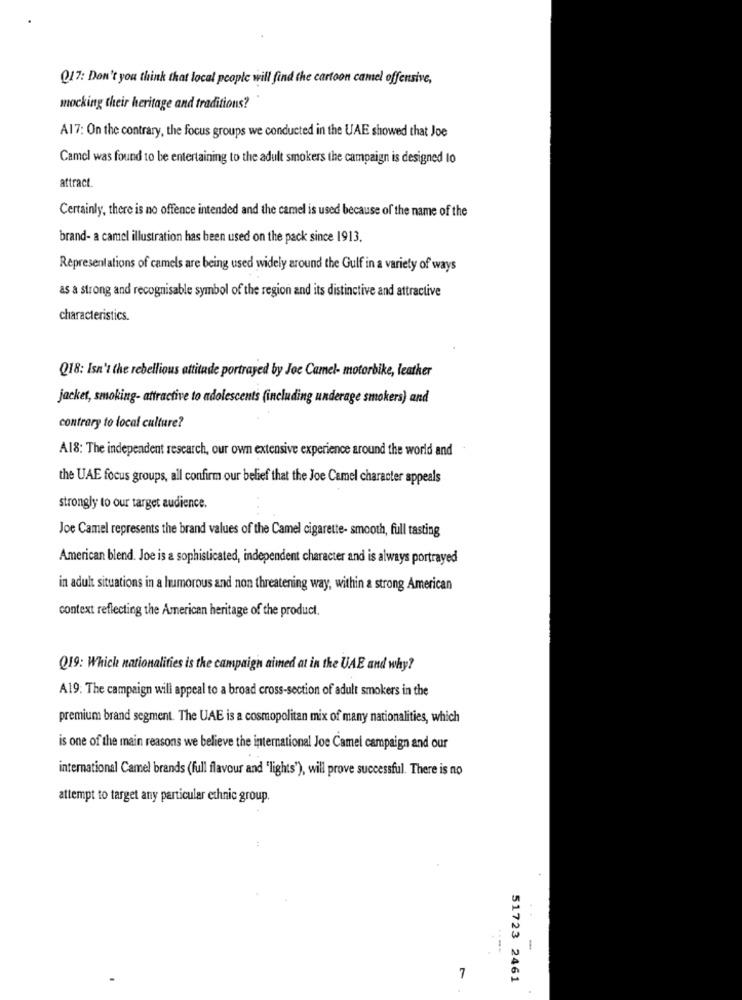
Q17: Don't you think that local people will find the cartoon camel offensive,
mocking their heritage and traditions?
A17: On the contrary, the focus groups we conducted in the UAE showed that Joe
Camel was found to be entertaining to the adult smokers the campaign is designed to
attract
Certainly, there is no offence intended and the camel is used because of the name of the
brand- a camel illustration has been used on the pack since 1913.
Representations of camels are being used widely around the Gulf in a variety of ways
as a strong and recognisable symbol of the region and its distinctive and attractive
characteristics.
Q18: Isn't the rebellious attitude portrayed by Joe Camel- motorbike, leather
jacket, smoking- attractive to adolescents (including underage smokers) and
contrary to local culture?
A18: The independent research, our own extensive experience around the world and
the UAE focus groups, all confirm our belief that the Joe Camel character appeals
strongly to our target audience.
Joe Camel represents the brand values of the Camel cigarette- smooth, full tasting
American blend. Joe is a sophisticated, independent character and is always portrayed
in adult situations in a humorous and non threatening way, within a strong American
context reflecting the American heritage of the product.
Q19: Which nationalities is the campaign aimed at in the UAE and why?
A19: The campaign will appeal to a broad cross-section of adult smokers in the
premium brand segment. The UAE is a cosmopolitan mix of many nationalities, which
is one of the main reasons we believe the international Joe Camel campaign and our
international Camel brands (full flavour and "lights"), will prove successful. There is no
attempt to target any particular ethnic group.
1
7
51723 2461